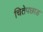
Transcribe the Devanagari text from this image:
चितेपछाड